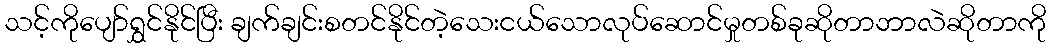
သင့်ကိုပျော်ရွှင်နိုင်ပြီး ချက်ချင်းစတင်နိုင်တဲ့သေးငယ်သောလုပ်ဆောင်မှုတစ်ခုဆိုတာဘာလဲဆိုတာကို